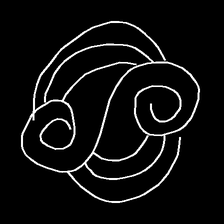
Glyph: wind-underfoot